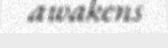
awakens